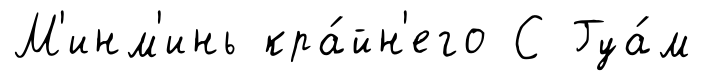
М'инм'инь кра́йн'его С Гуа́м